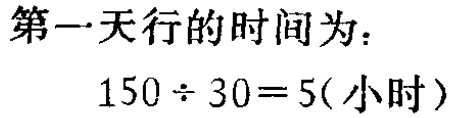
第一天行的时间为：

\[

150\div30 = 5(\text{小时})

\]